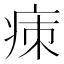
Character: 㾊